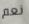
نعم